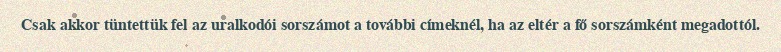
Csak akkor tüntettük fel az uralkodói sorszámot a további címeknél, ha az eltér a fő sorszámként megadottól.